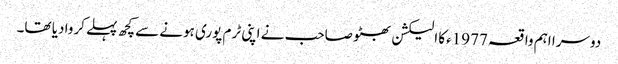
دوسرا اہم واقعہ 1977ءکا الیکشن بھٹو صاحب نے اپنی ٹرم پوری ہونے سے کچھ پہلے کروا دیا تھا۔